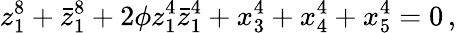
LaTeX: z_{1}^{8}+\bar{z}_{1}^{8}+2\phi z_{1}^{4}\bar{z}_{1}^{4}+x_{3}^{4}+x_{4}^{4}+x_{5}^{4}=0\, ,